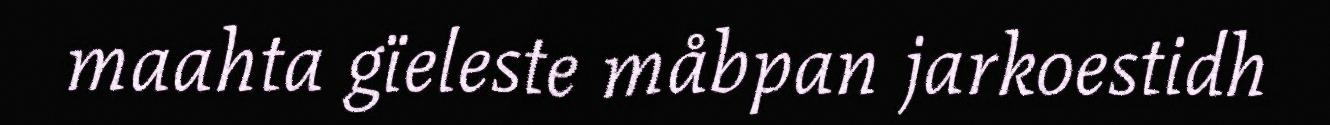
maahta gïeleste måbpan jarkoestidh